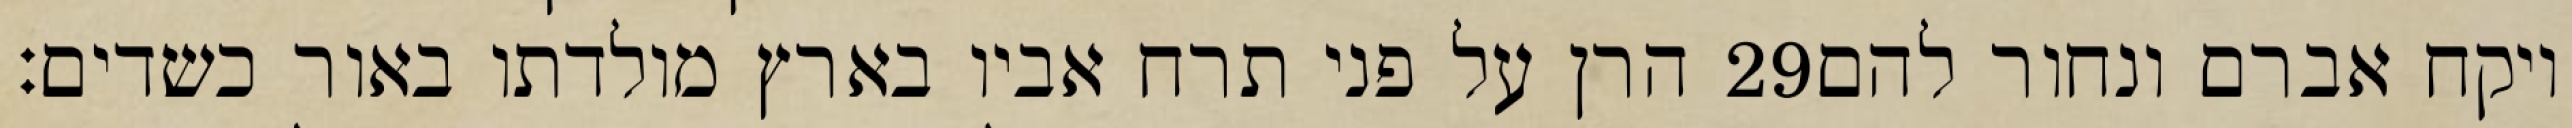
הרן על פני תרח אביו בארץ מולדתו באור כשדים׃ ‎29‏ ויקח אברם ונחור להם